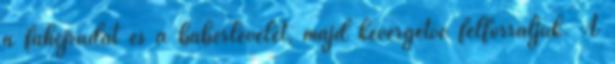
a fahéjrudat és a babérlevelet, majd kevergetve felforraljuk. A